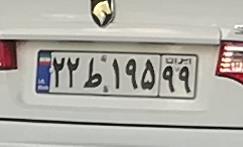
۳۲ط۱۹۵۹۹